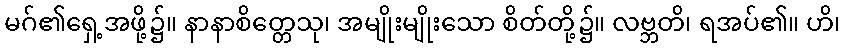
မဂ်၏ရှေ့အဖို့၌။ နာနာစိတ္တေသု၊ အမျိုးမျိုးသော စိတ်တို့၌။ လဗ္ဘတိ၊ ရအပ်၏။ ဟိ၊